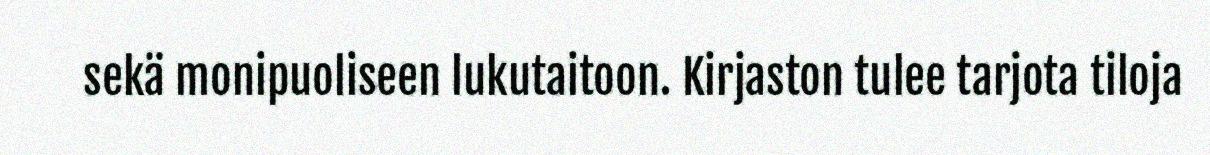
sekä monipuoliseen lukutaitoon. Kirjaston tulee tarjota tiloja